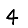
Digit: 4